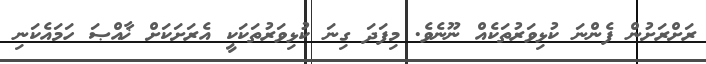
ރަށްރަށުން ފެންނަ ކުޅިވަރުތަކެއް ނޫނެވެ. މިފަދަ ގިނަ ކުޅިވަރުތަކަކީ އެރަށަކަށް ޚާއްޞަ ހަމައެކަނި